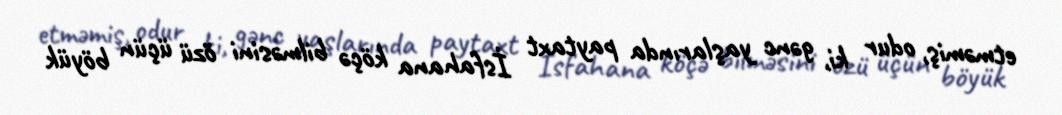
etməmiş, odur ki, gənc yaşlarında paytaxt İsfahana köçə bilməsini özü üçün böyük